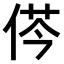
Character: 𠉾